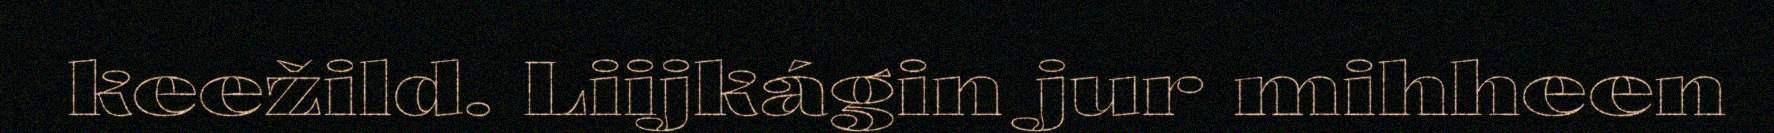
keežild. Liijkágin jur mihheen